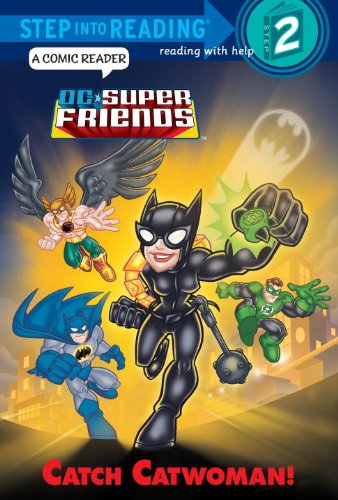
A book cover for Catch Catwoman! (DC Super Friends) (Step into Reading); Billy Wrecks; Children's Books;